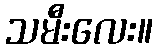
သမီးလေး။